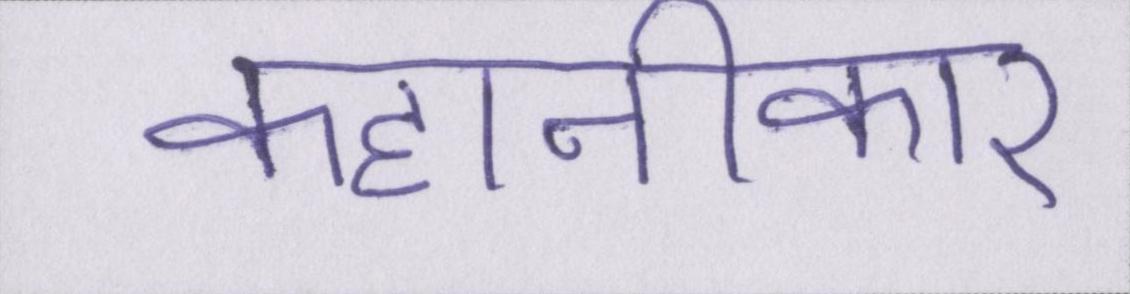
कहानीकार